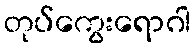
တုပ်ကွေးရောဂါ